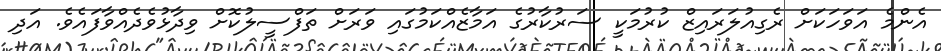
އެންމެ އަވަހަކަށް ރެގިއުލަރައިޒް ކުރުމަކީ ސަރުކާރުގެ އަމާޒެއްކަމުގައި ވަރަށް ތަފްސީލުކޮށް ވިދާޅުވެދެއްވާފައެވެ. އަދި